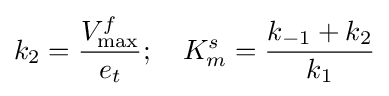
k_{2}={\frac {V_{\max }^{f}}{e_{t}}};\quad K_{m}^{s}={\frac {k_{-1}+k_{2}}{k_{1}}}